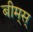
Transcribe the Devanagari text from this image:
बीम्‌स्